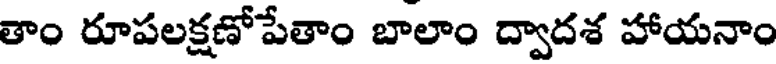
తాం రూపలక్షణోపేతాం బాలాం ద్వాదశ హాయనాం